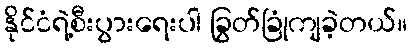
နိုင်ငံရဲ့စီးပွားရေးပါ ခြွတ်ခြုံကျခဲ့တယ်။